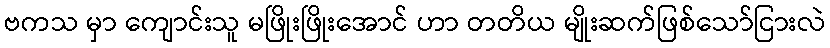
ဗကသ မှာ ကျောင်းသူ မဖြိုးဖြိုးအောင် ဟာ တတိယ မျိုးဆက်ဖြစ်သော်ငြားလဲ